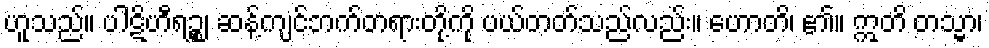
ဟူသည်။ ပါဋိဟီရဉ္စ၊ ဆန့်ကျင်ဘက်တရားတို့ကို ပယ်တတ်သည်လည်း။ ဟောတိ၊ ၏။ ဣတိ တသ္မာ၊